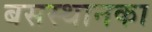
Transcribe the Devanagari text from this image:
बसस्थानका